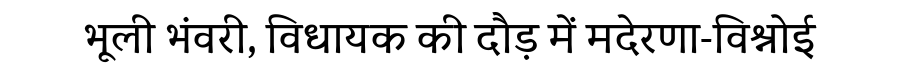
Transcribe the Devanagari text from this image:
भूली भंवरी, विधायक की दौड़ में मदेरणा-विश्नोई